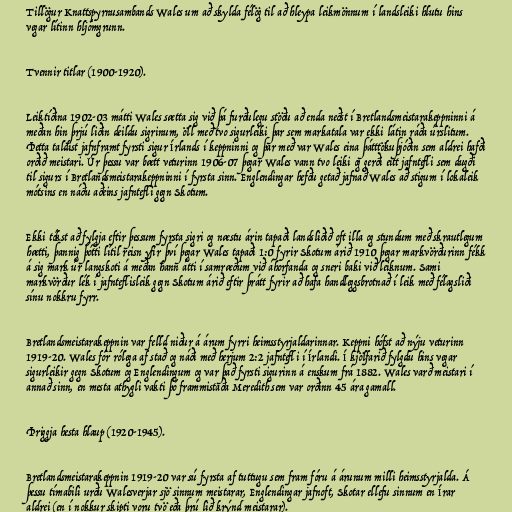
Tillögur Knattspyrnusambands Wales um að skylda félög til að hleypa leikmönnum í landsleiki hlutu hins
vegar lítinn hljómgrunn.

Tvennir titlar (1900-1920).

Leiktíðina 1902-03 mátti Wales sætta sig við þá furðulegu stöðu að enda neðst í Bretlandsmeistarakeppninni á
meðan hin þrjú liðin deildu sigrinum, öll með tvo sigurleiki þar sem markatala var ekki látin ráða úrslitum.
Þetta taldist jafnframt fyrsti sigur Írlands í keppninni og þar með var Wales eina þátttökuþjóðin sem aldrei hafði
orðið meistari. Úr þessu var bætt veturinn 1906-07 þegar Wales vann tvo leiki og gerði eitt jafntefli sem dugði
til sigurs í Bretlandsmeistarakeppninni í fyrsta sinn. Englendingar hefðu getað jafnað Wales að stigum í lokaleik
mótsins en náðu aðeins jafntefli gegn Skotum.

Ekki tókst að fylgja eftir þessum fyrsta sigri og næstu árin tapaði landsliðið oft illa og stundum með skrautlegum
hætti, þannig þótti lítil reisn yfir því þegar Wales tapaði 1:0 fyrir Skotum árið 1910 þegar markvörðurinn fékk
á sig mark úr langskoti á meðan hann átti í samræðum við áhorfanda og sneri baki við leiknum. Sami
markvörður lék í jafnteflisleik gegn Skotum árið eftir þrátt fyrir að hafa handleggsbrotnað í leik með félagsliði
sínu nokkru fyrr.

Bretlandsmeistarakeppnin var felld niður á árum fyrri heimsstyrjaldarinnar. Keppni hófst að nýju veturinn
1919-20. Wales fór rólega af stað og náði með herjum 2:2 jafntefli í Írlandi. Í kjölfarið fylgdu hins vegar
sigurleikir gegn Skotum og Englendingum og var það fyrsti sigurinn á enskum frá 1882. Wales varð meistari í
annað sinn, en mesta athygli vakti þó frammistaða Meredith sem var orðinn 45 ára gamall.

Þriggja hesta hlaup (1920-1945).

Bretlandsmeistarakeppnin 1919-20 var sú fyrsta af tuttugu sem fram fóru á árunum milli heimsstyrjalda. Á
þessu tímabili urðu Walesverjar sjö sinnum meistarar, Englendingar jafnoft, Skotar ellefu sinnum en Írar
aldrei (en í nokkur skipti voru tvö eða þrú lið krýnd meistarar).